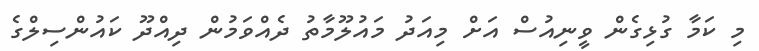
މި ކަމާ ގުޅިގެން ވީނިއުސް އަށް މިއަދު މައުލޫމާތު ދެއްވަމުން ދިއްދޫ ކައުންސިލްގެ